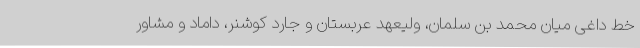
خط داغی میان محمد بن سلمان، ولیعهد عربستان و جارد کوشنر، داماد و مشاور